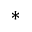
\mathbf { * }